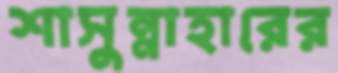
শাসুন্নাহারের